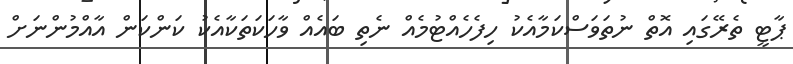
ޕާޓީ ތެރޭގައި އޮތް ނުތަވަސްކަމާއެކު ހިފެހެއްޓުމެއް ނެތި ބައެއް ވާހަކަތަކާއެކު ކަންކަން އާއްމުންނަށް